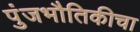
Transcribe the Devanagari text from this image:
पुंजभौतिकीचा